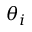
\theta _ { i }